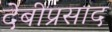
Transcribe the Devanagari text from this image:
देबीप्रसाद